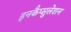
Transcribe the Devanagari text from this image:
इनकैप्सुलेशन